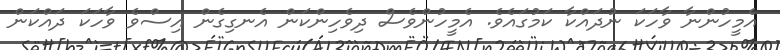
އެމީހުންނާ ވާހަކަ ނުދައްކާ ކަމުގައެވެ. އެމީހުންވެސް ދިވެހިންކަން އެނގިގެން އިސްވެ ވާހަކަ ދައްކަން